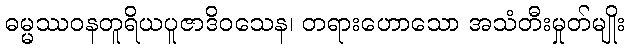
ဓမ္မဿဝနတူရိယပူဇာဒိဝသေန၊ တရားဟောသော အသံတီးမှုတ်မျိုး